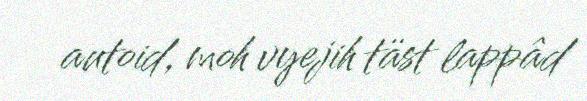
autoid, moh vyejih täst lappâd